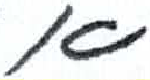
אות: א